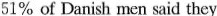
51% of Danish men said they